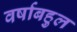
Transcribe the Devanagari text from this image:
वर्षाबहुल